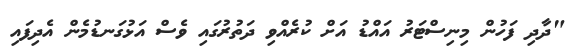
"ދާދި ފަހުން މިނިސްޓަރު އައްޑު އަށް ކުރެއްވި ދަތުރުގައި ވެސް އަޅުގަނޑުމެން އެދިފައި